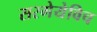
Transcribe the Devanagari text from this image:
सरगेयेविच